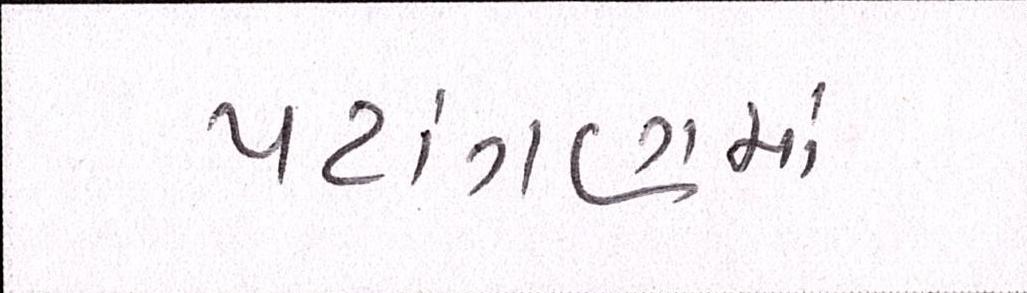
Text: પટાંગણમાં